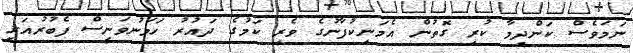
ނަމަވެސް ކަންދިމާ ކުރި ގޮތުން އެމަނިކުފާނުގެ ވެރި ކަމުގެ ދައުރު ހަމަނުވަނީސް ފެބުރުއަރީ